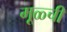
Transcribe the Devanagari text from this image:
मूळ्ची